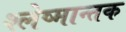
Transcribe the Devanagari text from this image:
श्‍लेष्मान्तक